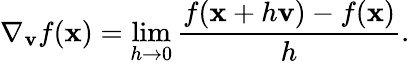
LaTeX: \nabla_{\mathbf{v}}{f}(\mathbf{x})=\operatorname*{lim}_{h\rightarrow 0}{\frac{f(\mathbf{x}+h\mathbf{v})-f(\mathbf{x})}{h}}.